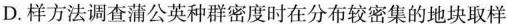
D.样方法调查蒲公英种群密度时在分布较密集的地块取样